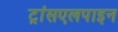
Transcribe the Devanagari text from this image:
ट्रांसएलपाइन